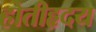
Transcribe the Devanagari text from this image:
होतीहृदय